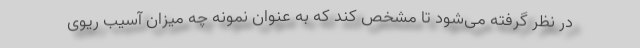
در نظر گرفته می‌شود تا مشخص کند که به عنوان نمونه چه میزان آسیب ریوی